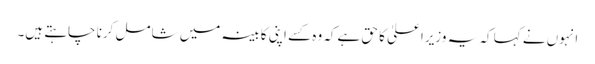
انہوں نے کہا کہ یہ وزیراعلیٰ کا حق ہےکہ وہ کسے اپنی کابینہ میں شامل کرنا چاہتے ہیں۔